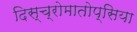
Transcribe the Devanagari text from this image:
दिस्च्रोमातोप्सिया